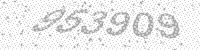
Solution: 953909